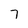
Character: 7